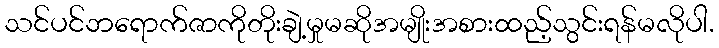
သင်ပင်ဘရောက်ဇာကိုတိုးချဲ့မှုမဆိုအမျိုးအစားထည့်သွင်းရန်မလိုပါ.